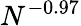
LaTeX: N^{-0.97}